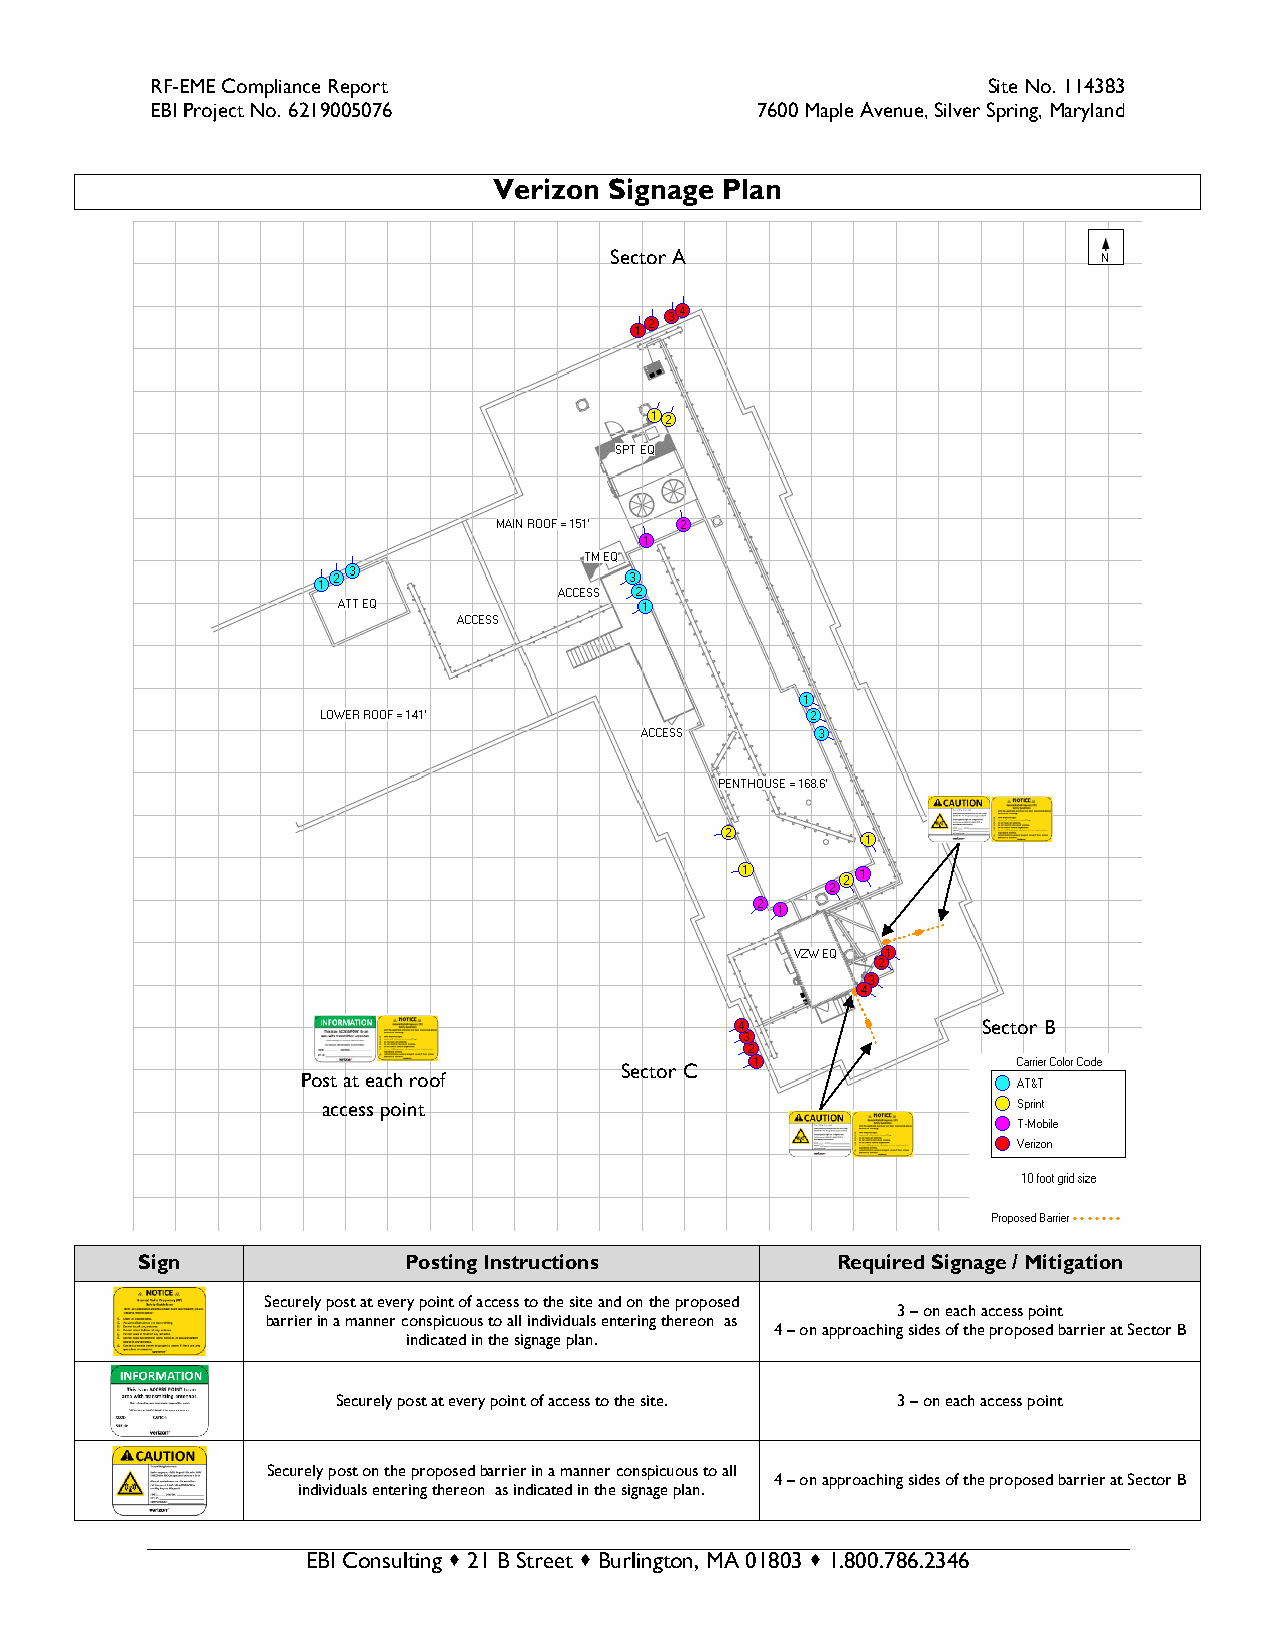
RF-EME Compliance Report                               Site No. 114383
 EBI Project No. 6219005076              7600 Maple Avenue, Silver Spring, Maryland
 Verizon Sig nage Plan
 Sector A
 Sector B
 Sector C
 Post at each roof
 access point
 Sign              Posting Instructions        Required Signage / Mitigation
 Securely post at every point of access to the site and on the proposed
 3 – on each access point
 barrier in a manner conspicuous to all individuals entering thereon as
 4 – on approaching sides of the proposed barrier at Sector B
 indicated in the signage plan.
 Securely post at every point of access to the site. 3 – on each access point
 Securely post on the proposed barrier in a manner conspicuous to all
 4 – on approaching sides of the proposed barrier at Sector B
 individuals entering thereon as indicated in the signage plan.
 EBI Consulting  21 B Street  Burlington, MA 01803  1.800.786.2346